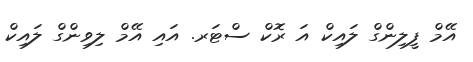
އޭމް ފީލިންގް ލައިކް އަ ރޮކް ސްޓަރ. އައި އޭމް ލިވިންގް ލައިކް